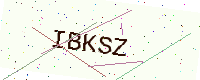
Text: IBKSZ